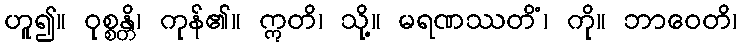
ဟူ၍။ ဝုစ္စန္တိ၊ ကုန်၏။ ဣတိ၊ သို့။ မရဏဿတိံ၊ ကို။ ဘာဝေတိ၊